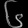
Digit: ၆